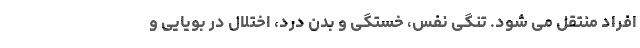
افراد منتقل می شود. تنگی نفس، خستگی و بدن درد، اختلال در بویایی و